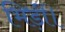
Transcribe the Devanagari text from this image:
भिड़ीं।